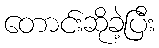
တောင်းဆိုခဲ့ပြီး